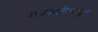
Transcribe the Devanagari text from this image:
राज्यवटीकडून